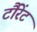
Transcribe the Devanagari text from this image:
टौरेंट